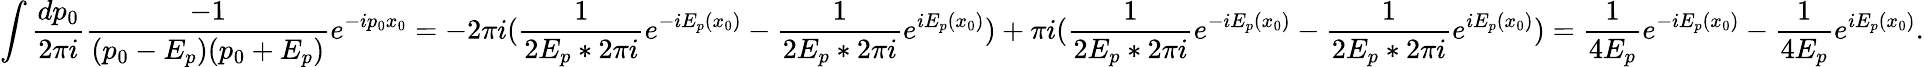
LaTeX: \int\frac{dp_{0}}{2\pi i}\frac{-1}{(p_{0}-E_{p})(p_{0}+E_{p})}e^{-ip_{0}x_{0}}=-2\pi i(\frac{1}{2E_{p}*2\pi i}e^{-iE_{p}(x_{0})}-\frac{1}{2E_{p}*2\pi i}e^{iE_{p}(x_{0})})+\pi i(\frac{1}{2E_{p}*2\pi i}e^{-iE_{p}(x_{0})}-\frac{1}{2E_{p}*2\pi i}e^{iE_{p}(x_{0})})=\frac{1}{4E_{p}}e^{-iE_{p}(x_{0})}-\frac{1}{4E_{p}}e^{iE_{p}(x_{0})}.